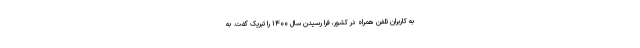
به کاربران تلفن همراه در کشور، فرا رسیدن سال ۱۴۰۰ را تبریک گفت. به